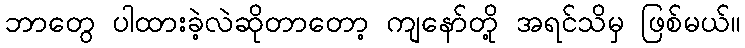
ဘာတွေ ပါထားခဲ့လဲဆိုတာတော့ ကျနော်တို့ အရင်သိမှ ဖြစ်မယ်။